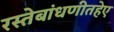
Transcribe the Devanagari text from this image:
रस्तेबांधणीतहेए